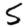
Digit: 5